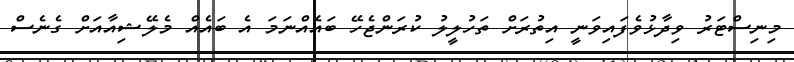
މިނިސްޓަރު ވިދާޅުވެފައިވަނީ އިތުރަށް ތަހުލީލު ކުރަންޖެހޭ ބައެއްނަމަ އެ ބައެއް މެލޭޝިއާއަށް ގެނެސް